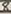
Text: 8